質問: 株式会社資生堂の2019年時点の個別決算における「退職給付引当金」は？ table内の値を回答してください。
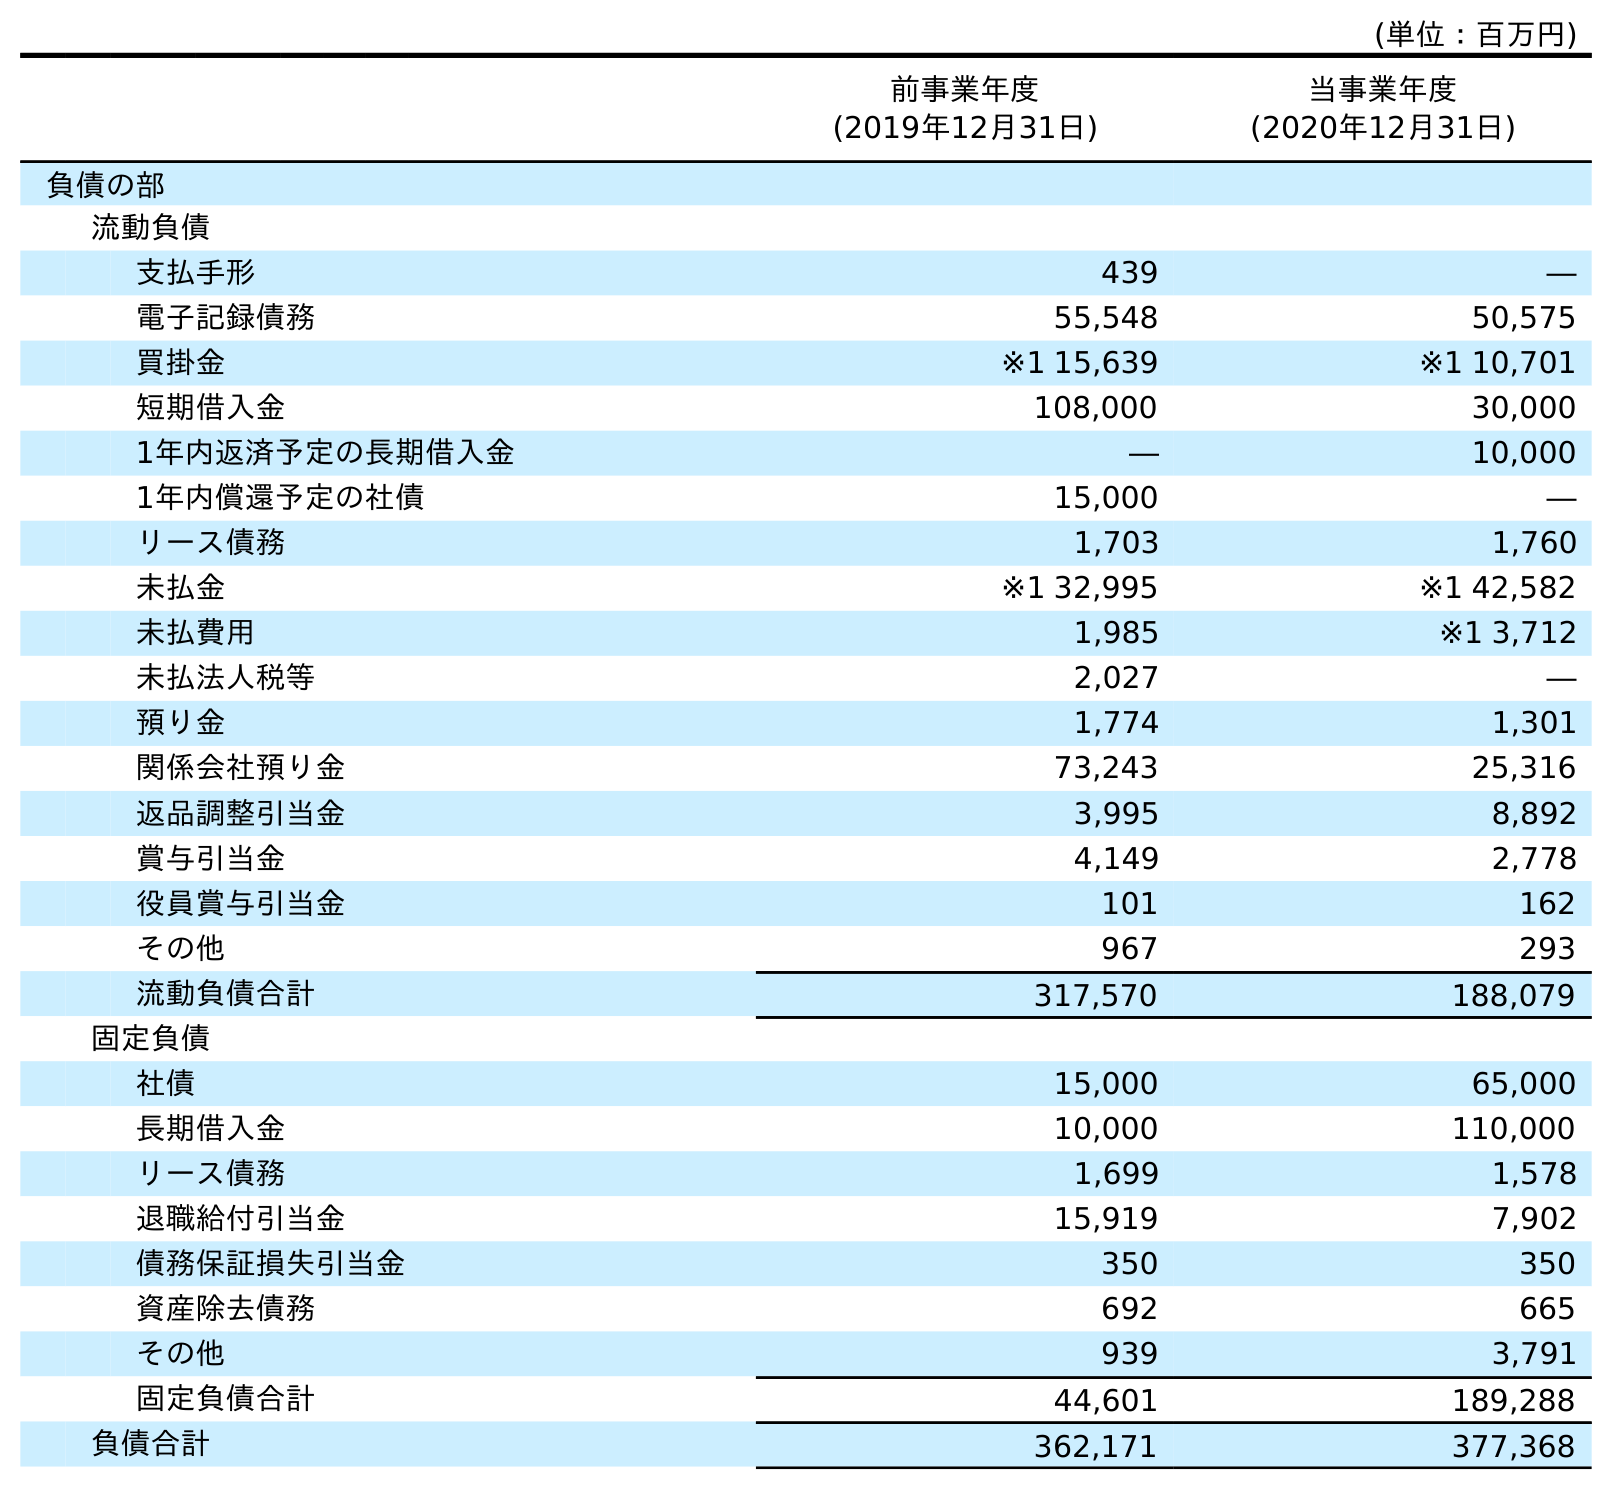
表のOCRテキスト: (単位：百万円) 前事業年度 (2019年12月31日) 当事業年度 (2020年12月31日) 負債の部 流動負債 支払手形 439 ― 電子記録債務 55,548 50,575 買掛金 ※1 15,639 ※1 10,701 短期借入金 108,000 30,000 1年内返済予定の長期借入金 ― 10,000 1年内償還予定の社債 15,000 ― リース債務 1,703 1,760 未払金 ※1 32,995 ※1 42,582 未払費用 1,985 ※1 3,712 未払法人税等 2,027 ― 預り金 1,774 1,301 関係会社預り金 73,243 25,316 返品調整引当金 3,995 8,892 賞与引当金 4,149 2,778 役員賞与引当金 101 162 その他 967 293 流動負債合計 317,570 188,079 固定負債 社債 15,000 65,000 長期借入金 10,000 110,000 リース債務 1,699 1,578 退職給付引当金 15,919 7,902 債務保証損失引当金 350 350 資産除去債務 692 665 その他 939 3,791 固定負債合計 44,601 189,288 負債合計 362,171 377,368
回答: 15,919